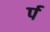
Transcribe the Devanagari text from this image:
र्प